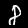
Label: 8